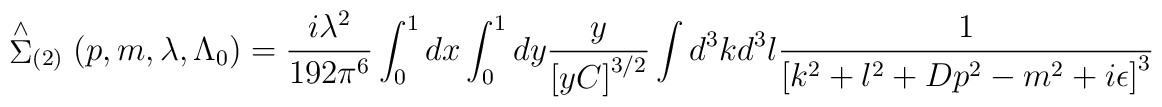
\stackrel{\wedge }{\Sigma }_{(2)}(p,m,\lambda ,\Lambda _0) =\frac{i\lambda^2}{192\pi ^6}\int_0^1dx\int_0^1dy\frac y{\left[ yC\right] ^{3/2}}  \int d^3kd^3l\frac 1{\left[ k^2+l^2+Dp^2-m^2+i\epsilon \right] ^3}